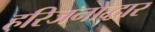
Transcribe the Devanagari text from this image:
हरिजनोद्धार